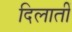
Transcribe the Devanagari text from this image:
दिलातीं